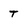
Character: t